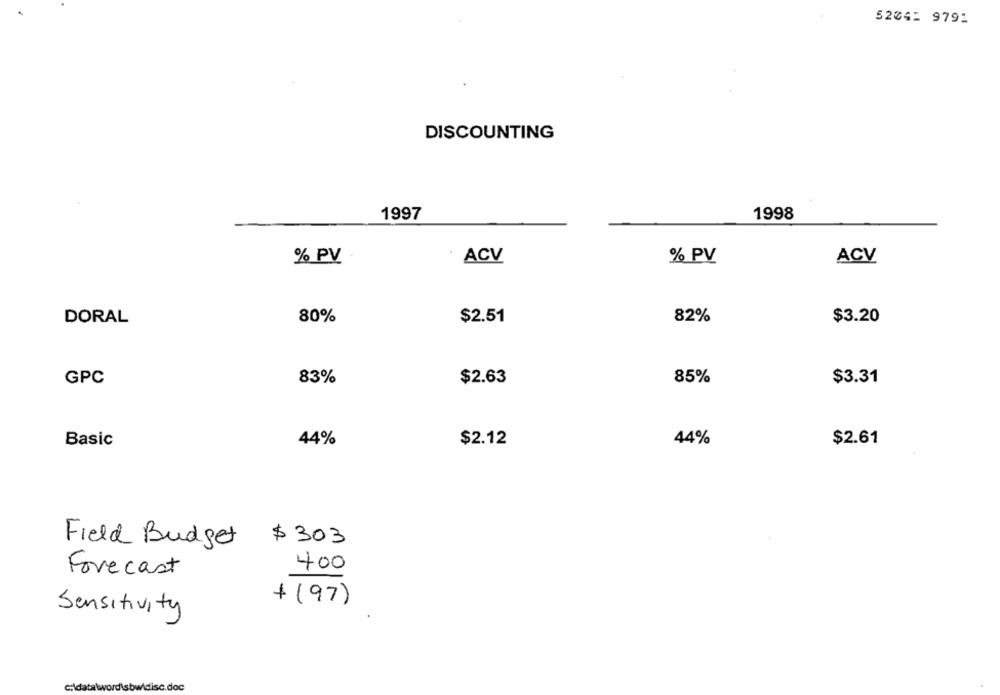
52341 9791
DISCOUNTING
1997
1998
% PV
% PV
ACV
ACV
DORAL
80%
$2.51
82%
$3.20
GPC
83%
$2.63
85%
$3.31
Basic
44%
$2.12
44%
$2.61
Field Budget
$ 303
400
Forecast
+ (97)
Sensitivity
c:\data\word\sbwidisc.doc